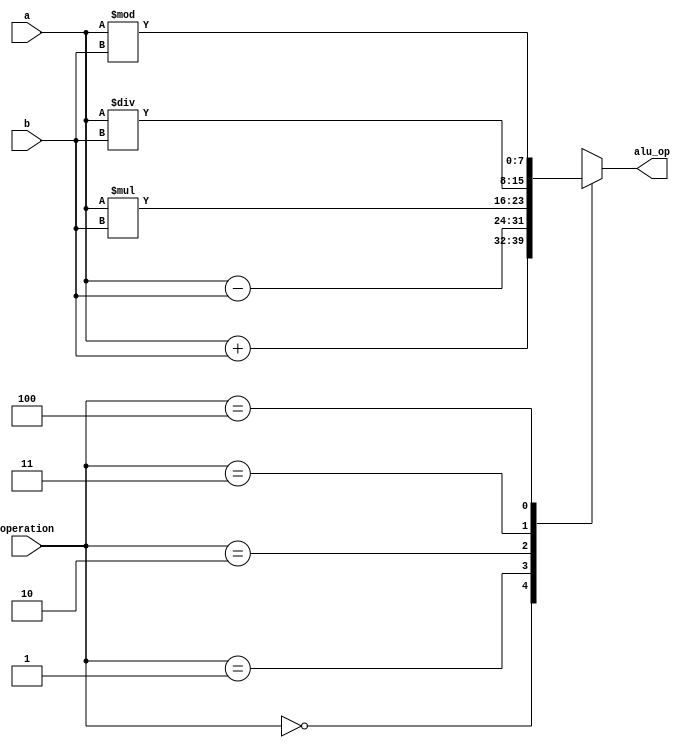
`timescale 1ns / 1ps

module alu(
   input [7:0] a,b ,  
   input [2:0] operation,
   output reg [7:0] alu_op  
   );

    parameter add = 3'b000, sub = 3'b001, mul = 3'b010, div = 3'b011, rem =3'b100;
            
always @(*)
begin
 case (operation)
   add     :  alu_op = a + b; 
   sub     :  alu_op = a - b;  
   mul     :  alu_op = a * b; 
   div     :  alu_op = a / b; 
   rem     :  alu_op = a % b; 
   default :alu_op = 8'bX;
 endcase
end
endmodule